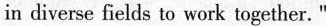
in diverse fields to work together."